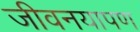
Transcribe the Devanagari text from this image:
जीवनयापण